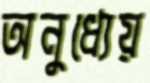
অনুধ্যেয়